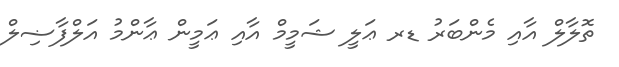
ތޮލާލް އާއި މެންބަރު ޑރ ޢަލީ ޝަމީމް އާއި ޢަމީން ޢާންމު އަލްފާޟިލް